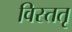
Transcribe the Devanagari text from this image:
विस्ततृ